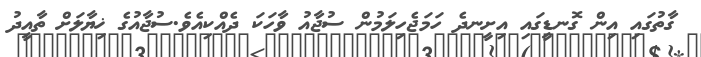
ގާތުގައި އިން ގޮނޑީގައި އިށީނދެ ހަމަޖެހިލަމުން ސުޖާއު ވާހަކަ ދެއްކިއެވެ.ސުޖާއުގެ ޚިޔާލަށް ތާއީދު